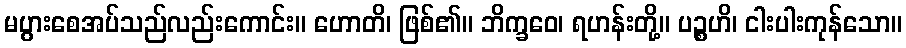
မပွားစေအပ်သည်လည်းကောင်း။ ဟောတိ၊ ဖြစ်၏။ ဘိက္ခဝေ၊ ရဟန်းတို့။ ပဉ္စဟိ၊ ငါးပါးကုန်သော။